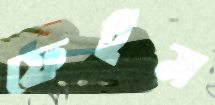
ফেইস